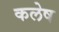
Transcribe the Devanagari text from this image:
कलेष